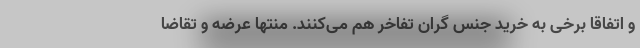
و اتفاقا برخی به خرید جنس گران تفاخر هم می‌کنند. منتها عرضه و تقاضا